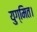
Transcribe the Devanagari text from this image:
युग्मित।